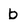
Character: b